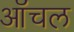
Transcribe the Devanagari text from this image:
ऑचल